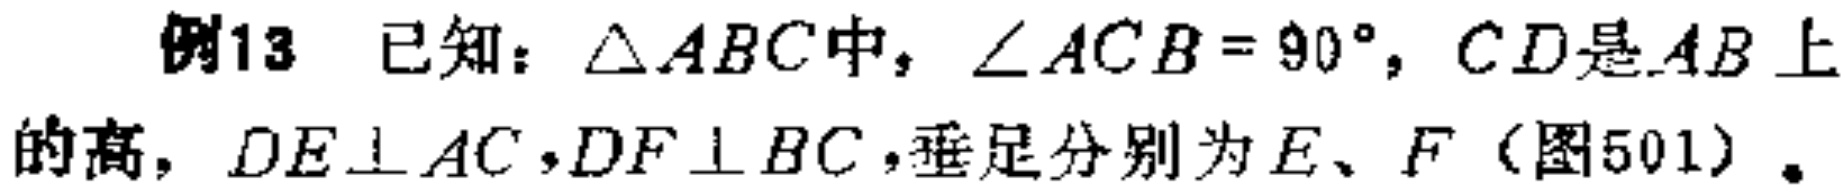
例13 已知：\(\triangle ABC\)中，\(\angle ACB = 90^{\circ}\)，\(CD\)是\(AB\)上的高，\(DE\perp AC\)，\(DF\perp BC\)，垂足分别为\(E\)、\(F\)（图501）。